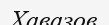
Хавазов